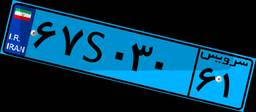
۲۷S۱۱۴۱۹